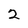
Character: 2